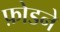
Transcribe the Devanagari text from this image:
फ़ोडने